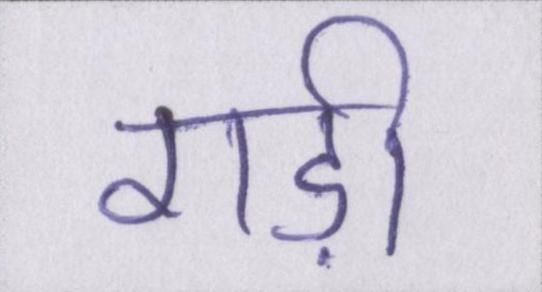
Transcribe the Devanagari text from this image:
गड़ी